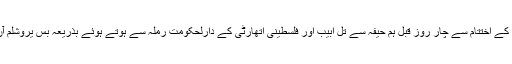
خیر سفر کے اختتام سے چار روز قبل ہم حیفہ سے تل ابیب اور فلسطینی اتھارٹی کے دارلحکومت رملہ سے ہوتے ہوئے بذریعہ بس یروشلم آن پہنچے۔